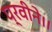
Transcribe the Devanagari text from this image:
प्रवीने।।